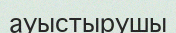
ауыстырушы